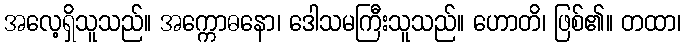
အလေ့ရှိသူသည်။ အက္ကောဓနော၊ ဒေါသမကြီးသူသည်။ ဟောတိ၊ ဖြစ်၏။ တထာ၊